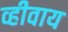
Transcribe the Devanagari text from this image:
व्हीवाय